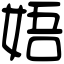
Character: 娪